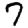
Digit: 7